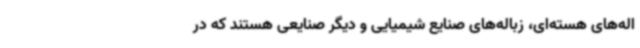
اله‌های هسته‌ای، زباله‌های صنایع شیمیایی و دیگر صنایعی هستند که در